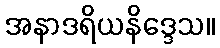
အနာဒရိယနိဒ္ဒေသ။